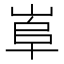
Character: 𡸠